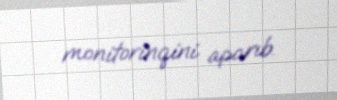
monitorinqini aparıb.